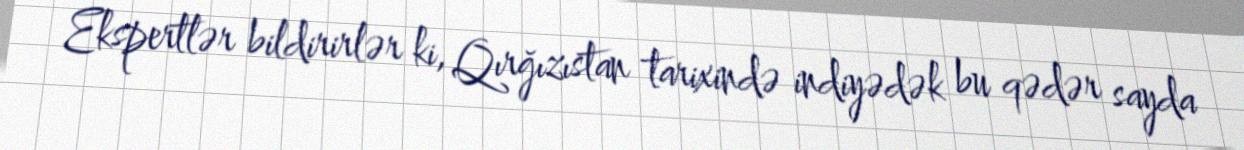
Ekspertlər bildirirlər ki, Qırğızıstan tarixində indiyədək bu qədər sayda